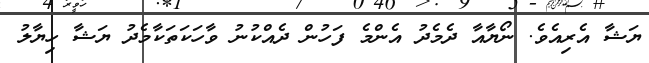
ޔަޝާ އެރިއެވެ. ނޯޔާއާ ދެމެދު އެންމެ ފަހުން ދެއްކުނު ވާހަކަތަކާމެދު ޔަޝާ ހިޔާލު